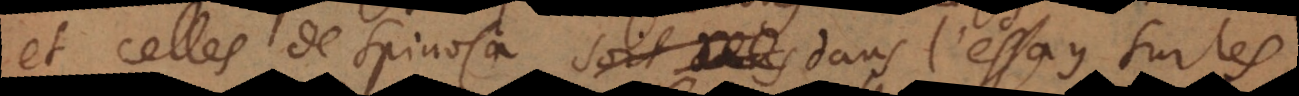
et celles de Spinosa dans l’essay sur les